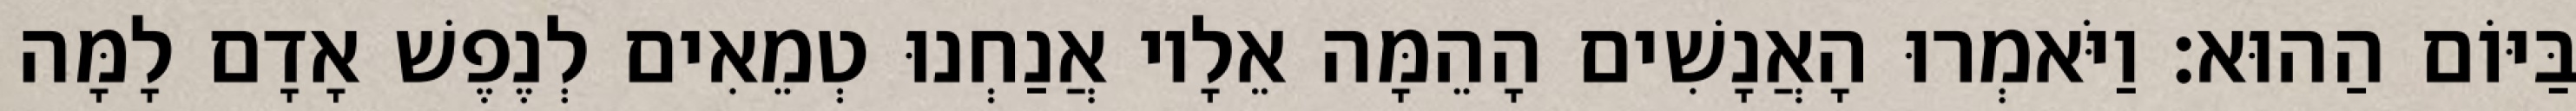
בַּיּוֹם הַהוּא׃ וַיֹּאמְרוּ הָאֲנָשִׁים הָהֵמָּה אֵלָיו אֲנַחְנוּ טְמֵאִים לְנֶפֶשׁ אָדָם לָמָּה